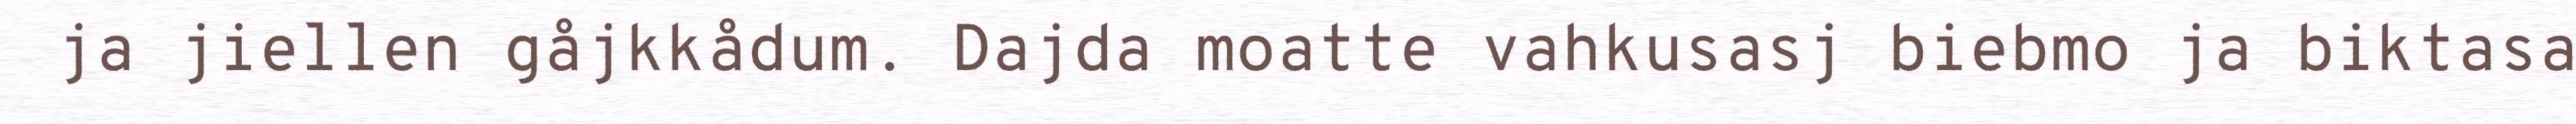
ja jiellen gåjkkådum. Dajda moatte vahkusasj biebmo ja biktasa